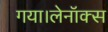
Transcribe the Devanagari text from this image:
गया।लेनॉक्स